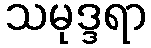
သမုဒ္ဒရာ